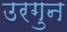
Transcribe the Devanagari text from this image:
उरगुन